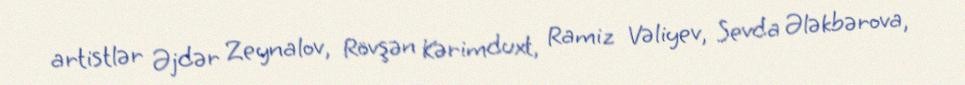
artistlər Əjdər Zeynalov, Rövşən Kərimduxt, Ramiz Vəliyev, Sevda Ələkbərova,